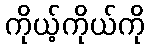
ကိုယ့်ကိုယ်ကို